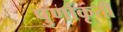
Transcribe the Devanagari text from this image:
पुर्णाकृती